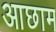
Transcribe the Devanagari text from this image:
आछाम